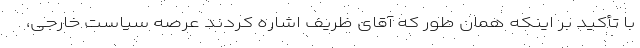
با تأکید بر اینکه همان طور که آقای ظریف اشاره کردند عرصه سیاست خارجی،